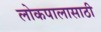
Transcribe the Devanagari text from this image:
लोकपालासाठी